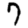
Digit: 7